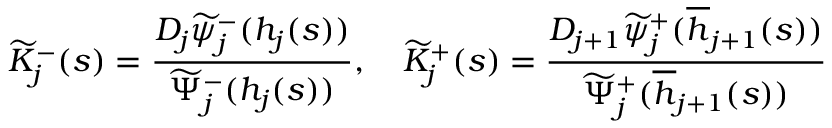
\widetilde { K } _ { j } ^ { - } ( s ) = \frac { D _ { j } \widetilde { \psi } _ { j } ^ { - } ( h _ { j } ( s ) ) } { \widetilde { \Psi } _ { j } ^ { - } ( h _ { j } ( s ) ) } , \quad \widetilde { K } _ { j } ^ { + } ( s ) = \frac { D _ { j + 1 } \widetilde { \psi } _ { j } ^ { + } ( \overline { { h } } _ { j + 1 } ( s ) ) } { \widetilde { \Psi } _ { j } ^ { + } ( \overline { { h } } _ { j + 1 } ( s ) ) }